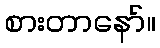
စားတာနော်။